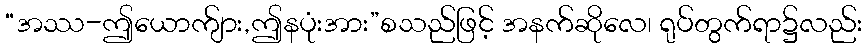
“အဿ-ဤယောက်ျား,ဤနပုံးအား”စသည်ဖြင့် အနက်ဆိုလေ၊ ရုပ်တွက်ရာ၌လည်း